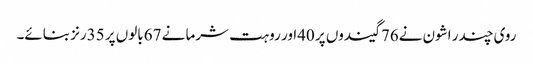
روی چندر اشون نے76گیندوں پر 40اور روہت شرما نے 67بالوں پر 35رنز بنائے۔